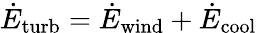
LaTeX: \dot{E}_{\mathrm{turb}}=\dot{E}_{\mathrm{wind}}+\dot{E}_{\mathrm{cool}}